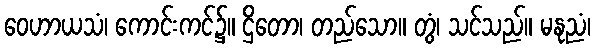
ဝေဟာယသံ၊ ကောင်းကင်၌။ ဌိတော၊ တည်သော။ တွံ၊ သင်သည်။ မနုညံ၊